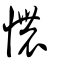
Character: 憹